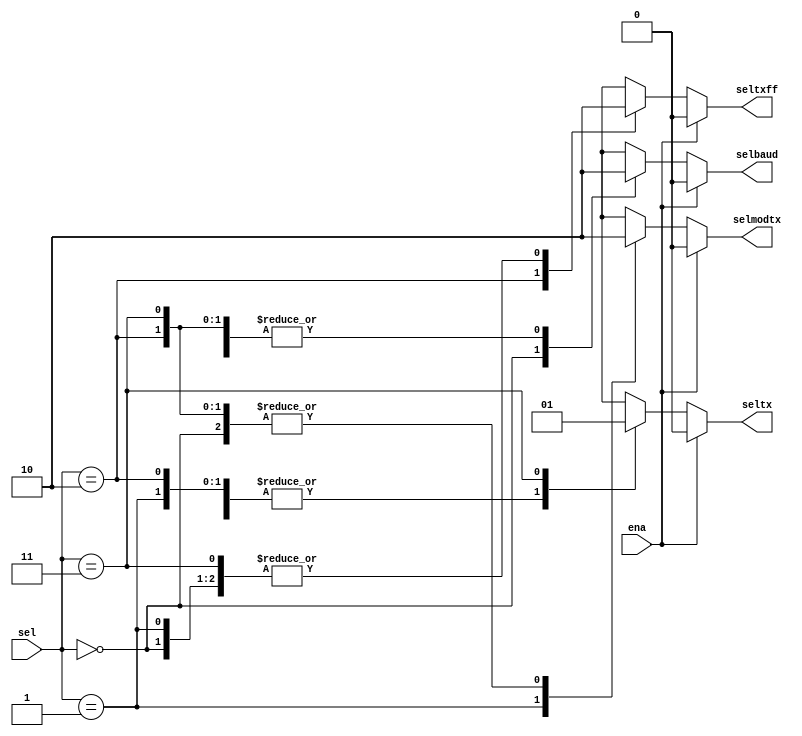
module muxtwoselfour(
//inputs
input ena,
input [1:0] sel,

//outputs
output reg selbaud, selmodtx, seltxff, seltx
);

parameter SELBAUD = 0, SELMODTX = 1, SELTXFF= 2, SELTX = 3;

always@(*)
begin
	if(!ena)
		case(sel)
			SELBAUD:
			begin
				selbaud = 1'b1;
				selmodtx = 1'b0;
				seltxff = 1'b0;
				seltx = 1'b0;
			end
			SELMODTX:
			begin
				selbaud = 1'b0;
				selmodtx = 1'b1;
				seltxff = 1'b0;
				seltx = 1'b0;
			end
			SELTXFF:
			begin
				selbaud = 1'b0;
				selmodtx = 1'b0;
				seltxff = 1'b1;
				seltx = 1'b0;
			end
			SELTX:
			begin
				selbaud = 1'b0;
				selmodtx = 1'b0;
				seltxff = 1'b0;
				seltx = 1'b1;
			end
		endcase
	else
		begin
			selbaud = 1'b0;
			selmodtx = 1'b0;
			seltxff = 1'b0;
			seltx = 1'b0;
		end
end

endmodule